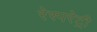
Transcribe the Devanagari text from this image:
रेस्परेट्री